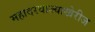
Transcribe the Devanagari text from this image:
महादरवाज्याखेरीज